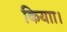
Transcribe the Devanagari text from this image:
कियाा।